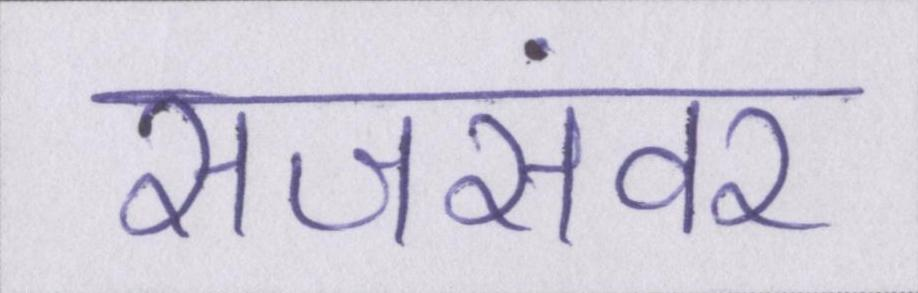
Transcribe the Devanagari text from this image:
सजसंवर